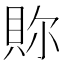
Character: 𧵉